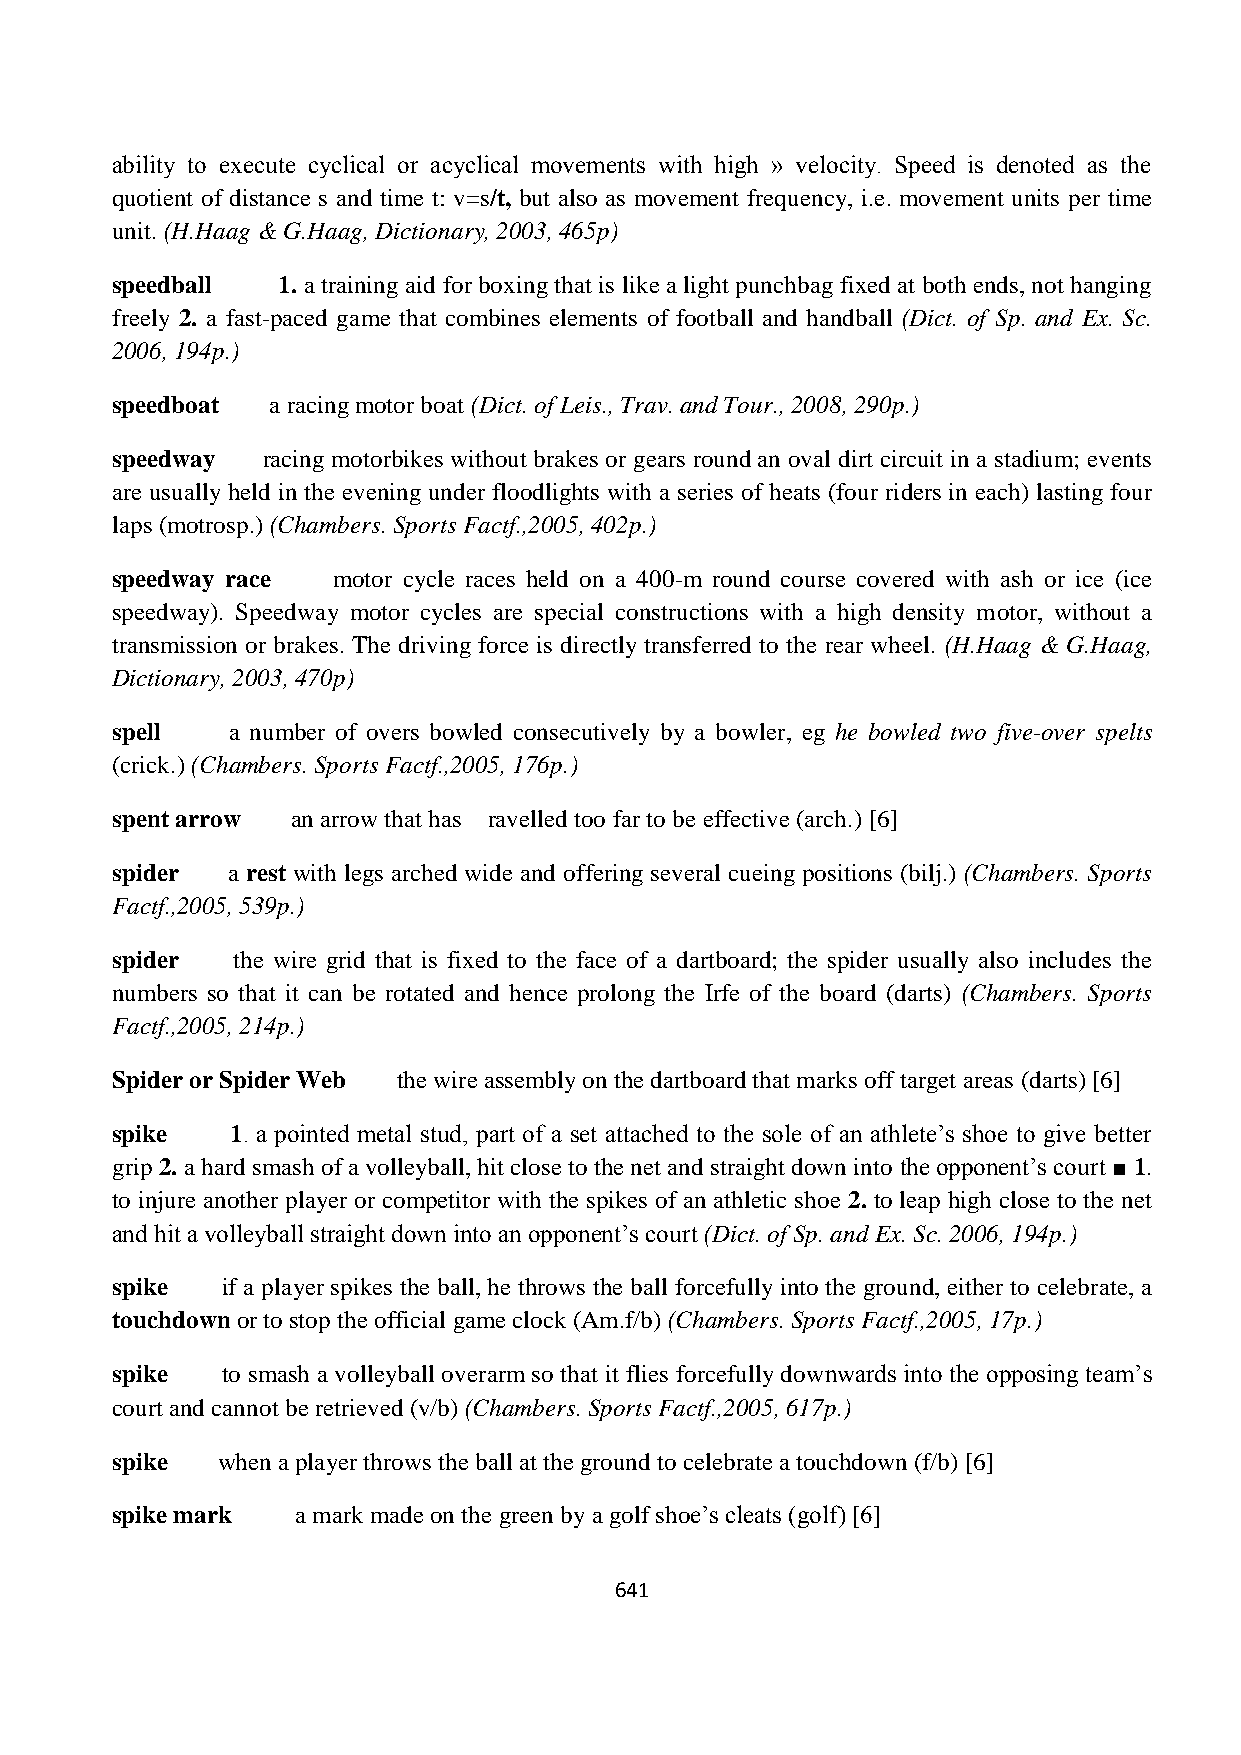
ability to execute cyclical or acyclical movements with high » velocity. Speed is denoted as the
 quotient of distance s and time t: v=s/t, but also as movement frequency, i.e. movement units per time
 unit. (H.Haag & G.Haag, Dictionary, 2003, 465p)
 speedball  1. a training aid for boxing that is like a light punchbag fixed at both ends, not hanging
 freely 2. a fast-paced game that combines elements of football and handball (Dict. of Sp. and Ex. Sc.
 2006, 194p.)
 speedboat  a racing motor boat (Dict. of Leis., Trav. and Tour., 2008, 290p.)
 speedway  racing motorbikes without brakes or gears round an oval dirt circuit in a stadium; events
 are usually held in the evening under floodlights with a series of heats (four riders in each) lasting four
 laps (motrosp.) (Chambers. Sports Factf.,2005, 402p.)
 speedway race  motor cycle races held on a 400-m round course covered with ash or ice (ice
 speedway). Speedway motor cycles are special constructions with a high density motor, without a
 transmission or brakes. The driving force is directly transferred to the rear wheel. (H.Haag & G.Haag,
 Dictionary, 2003, 470p)
 spell   a number of overs bowled consecutively by a bowler, eg he bowled two five-over spelts
 (crick.) (Chambers. Sports Factf.,2005, 176p.)
 spent arrow an arrow that has ravelled too far to be effective (arch.) [6]
 spider  a rest with legs arched wide and offering several cueing positions (bilj.) (Chambers. Sports
 Factf.,2005, 539p.)
 spider  the wire grid that is fixed to the face of a dartboard; the spider usually also includes the
 numbers so that it can be rotated and hence prolong the Irfe of the board (darts) (Chambers. Sports
 Factf.,2005, 214p.)
 Spider or Spider Web the wire assembly on the dartboard that marks off target areas (darts) [6]
 spike   1. a pointed metal stud, part of a set attached to the sole of an athlete‟s shoe to give better
 grip 2. a hard smash of a volleyball, hit close to the net and straight down into the opponent‟s court ■ 1.
 to injure another player or competitor with the spikes of an athletic shoe 2. to leap high close to the net
 and hit a volleyball straight down into an opponent‟s court (Dict. of Sp. and Ex. Sc. 2006, 194p.)
 spike   if a player spikes the ball, he throws the ball forcefully into the ground, either to celebrate, a
 touchdown or to stop the official game clock (Am.f/b) (Chambers. Sports Factf.,2005, 17p.)
 spike   to smash a volleyball overarm so that it flies forcefully downwards into the opposing team‟s
 court and cannot be retrieved (v/b) (Chambers. Sports Factf.,2005, 617p.)
 spike  when a player throws the ball at the ground to celebrate a touchdown (f/b) [6]
 spike mark   a mark made on the green by a golf shoe‟s cleats (golf) [6]
 641